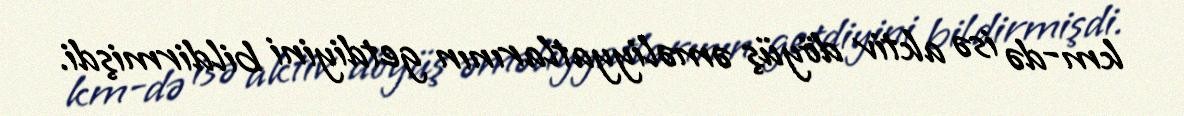
km-də isə aktiv döyüş əməliyyatlarının getdiyini bildirmişdi.